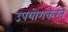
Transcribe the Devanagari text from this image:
उपयोगकरते